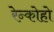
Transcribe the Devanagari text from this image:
रेन्कोहो